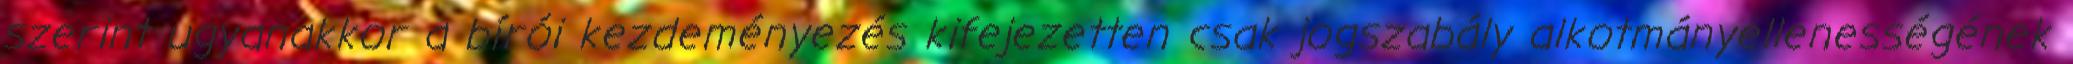
szerint ugyanakkor a bírói kezdeményezés kifejezetten csak jogszabály alkotmányellenességének